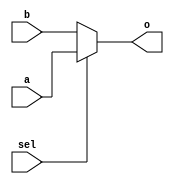
`timescale 1ns / 1ps
//////////////////////////////////////////////////////////////////////////////////
// Company: 
// Engineer: 
// 
// Design Name: 
// Module Name:    MUX2T1_64 
// Project Name: 
// Target Devices: 
// Tool versions: 
// Description: 
//
// Dependencies: 
//
// Revision: 
// Revision 0.01 - File Created
// Additional Comments: 
//
//////////////////////////////////////////////////////////////////////////////////
	module 	MUX2T1_64(input[63:0]a,
						 input[63:0]b,
						 input sel,
						 output[63:0]o
						 );

	assign o = sel? a : b;

endmodule